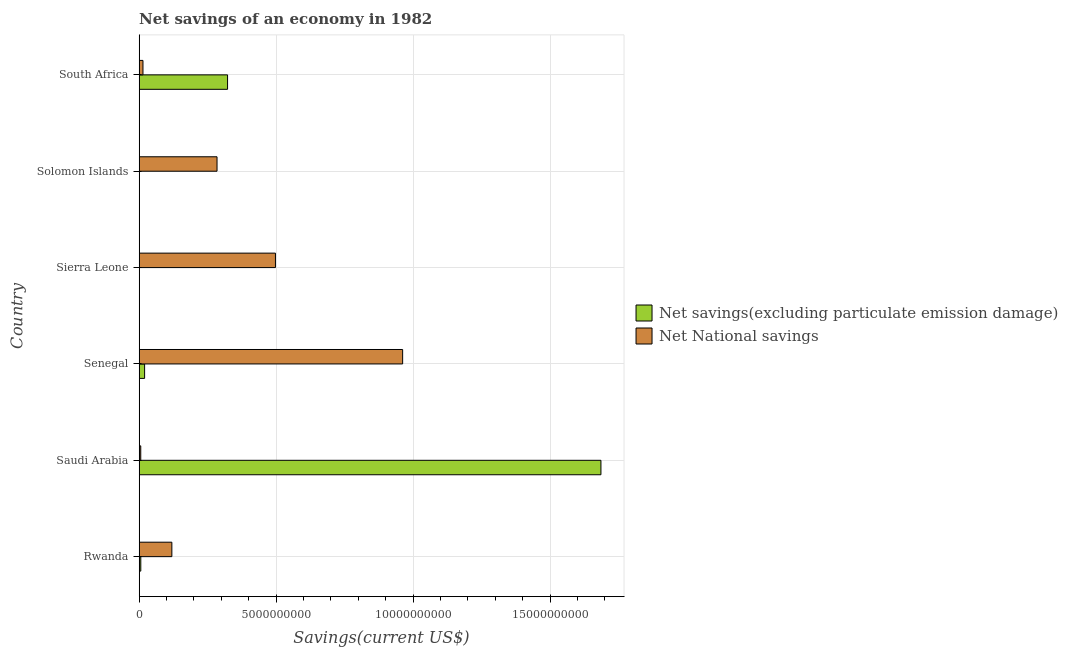
| Country | Net savings(excluding particulate emission damage) | Net National savings |
 | --- | --- | --- |
 | Rwanda | 5.99e+07 | 1.19e+09 |
 | Saudi Arabia | 1.69e+10 | 5.8e+07 |
 | Senegal | 1.99e+08 | 9.62e+09 |
 | Sierra Leone | -1.39e+08 | 4.98e+09 |
 | Solomon Islands | -6.96e+07 | 2.84e+09 |
 | South Africa | 3.23e+09 | 1.39e+08 |